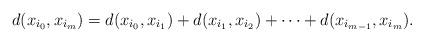
LaTeX: \begin{align*}d(x_{i_0}, x_{i_m})=d(x_{i_0}, x_{i_1})+d(x_{i_1}, x_{i_2})+\dots+d(x_{i_{m-1}}, x_{i_m}). \end{align*}